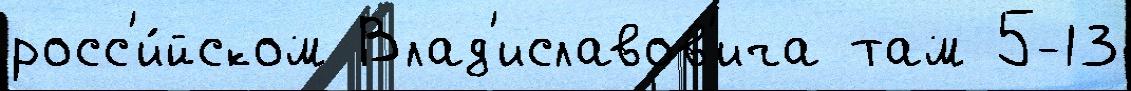
росс'и́йском Влад'иславов'ича там 5-13